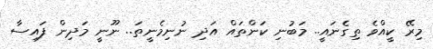
މިރޭ ކީއްވެ ތިގެނައީ.. މަބުނި ކަންތައް އަދި ނުނިމެނީތަ.. ނޫނީ މަދިން ފައިސާ